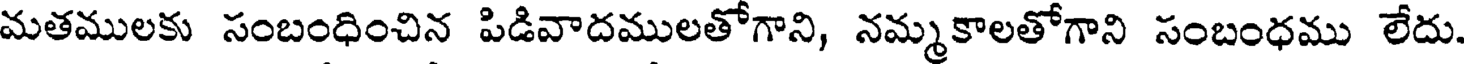
మతములకు సంబంధించిన పిడివాదములతోగాని, నమ్మకాలతోగాని సంబంధము లేదు